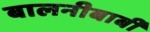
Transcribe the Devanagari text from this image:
बालनीबार्बी